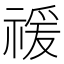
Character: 禐